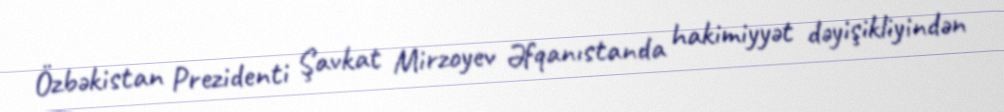
Özbəkistan Prezidenti Şavkat Mirzoyev Əfqanıstanda hakimiyyət dəyişikliyindən